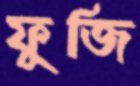
ফুজি